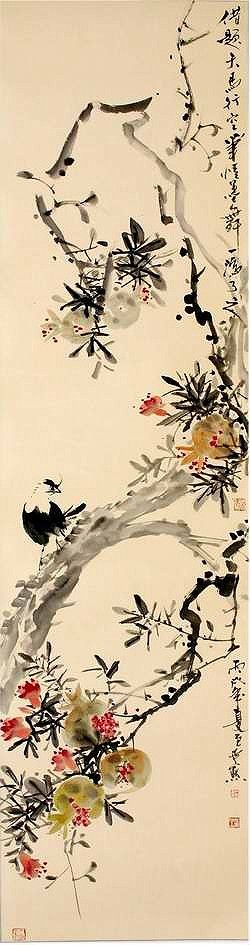
天涯倚楼新恨，杨柳几丝碧。